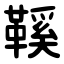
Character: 鞵